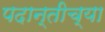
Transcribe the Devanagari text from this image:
पदान्तीच्या